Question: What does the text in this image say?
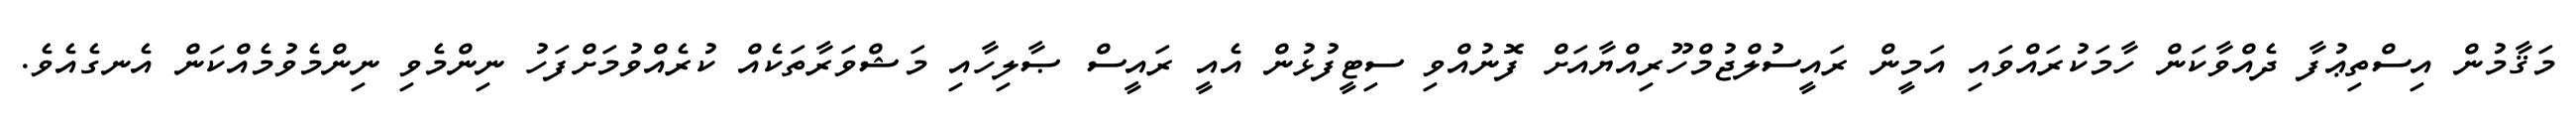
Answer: މަޤާމުން އިސްތިޢުފާ ދެއްވާކަން ހާމަކުރައްވައި އަމީން ރައީސުލްޖުމްހޫރިއްޔާއަށް ފޮނުއްވި ސިޓީފުޅުން އެއީ ރައީސް ޞާލިހާއި މަޝްވަރާތަކެއް ކުރެއްވުމަށްފަހު ނިންމެވި ނިންމެވުމެއްކަން އެނގެއެވެ.